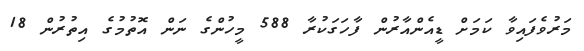
މަރުވެފައިވާ ކަމަށް ޑީއެންއާރުން ފާހަގަކުރާ 588 މީހުންގެ ނަން އޮތުމުގެ އިތުރުން 18